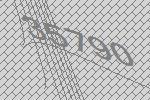
35790